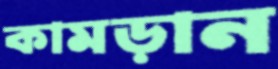
কামড়ান